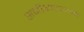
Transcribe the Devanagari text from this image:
समीक्षाप्रणाली